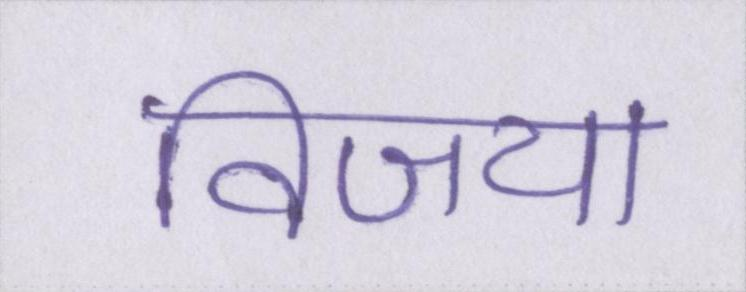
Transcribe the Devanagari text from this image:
विजया